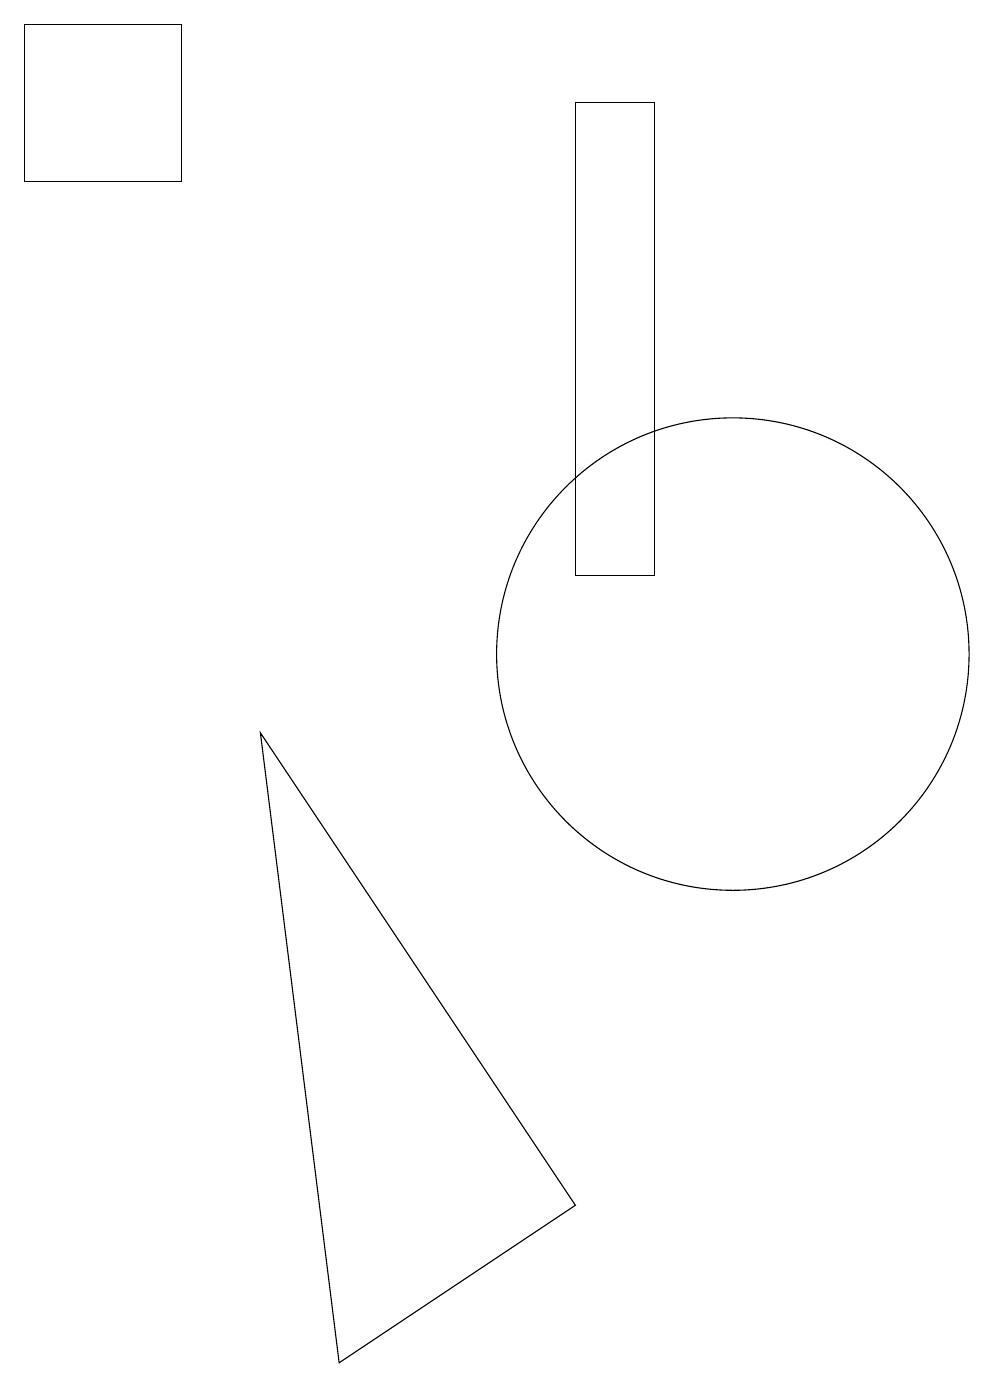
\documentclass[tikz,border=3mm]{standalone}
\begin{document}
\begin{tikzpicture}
\draw (3,18) rectangle (1,16);
\draw (10,10) circle (3);
\draw (4,9) -- (8,3) -- (5,1) -- cycle;
\draw (8,17) rectangle (9,11);
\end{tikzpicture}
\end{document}